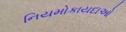
નિયમોકાયદાઓ